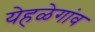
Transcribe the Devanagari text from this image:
येहळेगांव